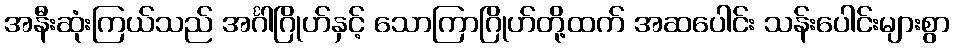
အနီးဆုံးကြယ်သည် အင်္ဂါဂြိုဟ်နှင့် သောကြာဂြိုဟ်တို့ထက် အဆပေါင်း သန်းပေါင်းများစွာ